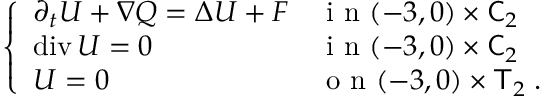
\begin{array} { r } { \left\{ \begin{array} { l l } { \partial _ { t } U + \nabla Q = \Delta U + F } & { \mathrm { ~ i ~ n ~ } ( - 3 , 0 ) \times \mathsf C _ { 2 } } \\ { \operatorname { d i v } U = 0 } & { \mathrm { ~ i ~ n ~ } ( - 3 , 0 ) \times \mathsf C _ { 2 } } \\ { U = 0 } & { \mathrm { ~ o ~ n ~ } ( - 3 , 0 ) \times \mathsf T _ { 2 } \; . } \end{array} \right. } \end{array}